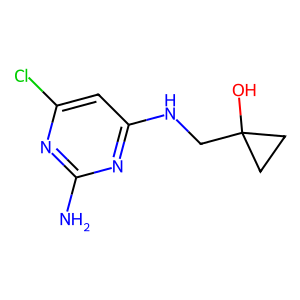
SMILES: Nc1nc(Cl)cc(NCC2(O)CC2)n1
Inhibits HIV replication: No